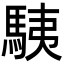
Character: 䮊